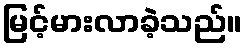
မြင့်မားလာခဲ့သည်။